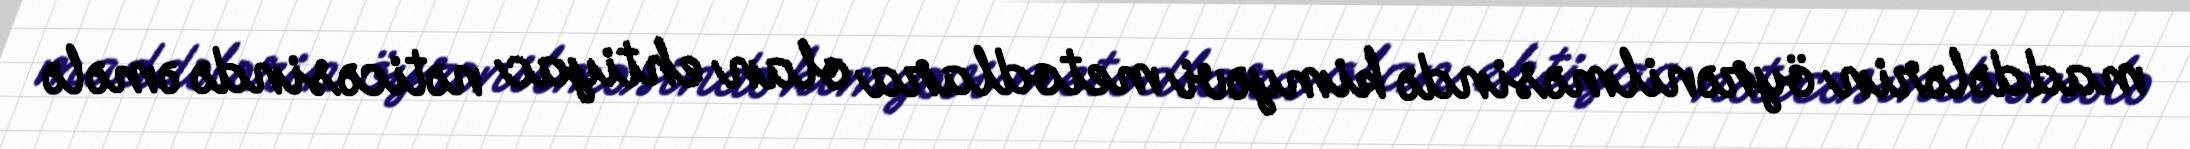
maddələrin öyrənilməsində kimyəvi metodlara olan ehtiyac nəticəsində əmələ